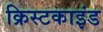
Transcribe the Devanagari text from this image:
क्रिस्टकाइंड